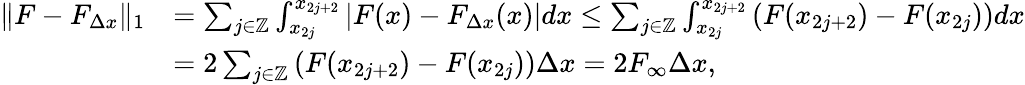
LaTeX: \begin{array}{rl}{\| F-F_{\Delta x}\| _{1}}&{=\sum_{j\in\mathbb{Z}}\int_{x_{2j}}^{x_{2j+2}}|F(x)-F_{\Delta x}(x)|dx\leq\sum_{j\in\mathbb{Z}}\int_{x_{2j}}^{x_{2j+2}}\left(F(x_{2j+2})-F(x_{2j})\right)dx}\\ &{=2\sum_{j\in\mathbb{Z}}\left(F(x_{2j+2})-F(x_{2j})\right)\Delta x=2F_{\infty}\Delta x,}\end{array}